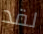
لقد